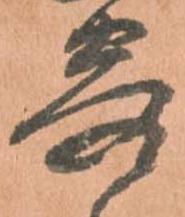
寄